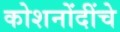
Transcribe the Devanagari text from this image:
कोशनोंदींचे